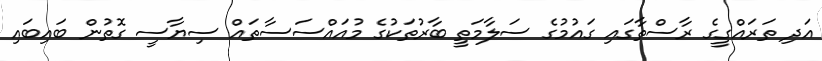
އަދި ތަރައްގީގެ ރާސްތާގައި ގައުމުގެ ސަލާމަތީ ބާރުތަކުގެ މުއައްސަސާތައް ސިޔާސީ ގޮތުން ބައިބައި